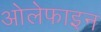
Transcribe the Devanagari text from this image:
ओलेफाइन